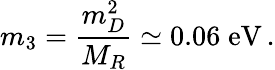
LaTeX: m_{3}=\frac{m_{D}^{2}}{M_{R}}\simeq 0.06\; \mathrm{eV}\, .